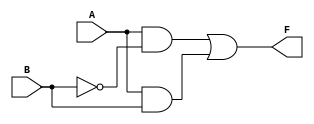
module two_variable_kmap (
    input wire A,  // First input variable
    input wire B,  // Second input variable
    output wire F  // Output function
);

// Assign values based on the K-map minterms
// For this example, let's assume:
// m0 = 1, m1 = 0, m2 = 1, m3 = 1
// This corresponds to: F(A, B) = A + AB'

assign F = (A & ~B) | (A & B) | (0 & ~B) | (0 & B); // Simplified to A

endmodule